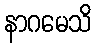
နာဂမေသိ